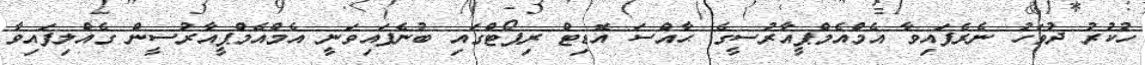
ހުކުރު ދުވަހު ނެރެފައިވާ އެމްއެމްޕީއާރުސީގެ ޙާއްސަ އޮޑިޓް ރިޕޯޓްގައި ބުނެފައިވަނީ އެމްއެމްޕީއާރުސީން ގެއްލިފައިވާ